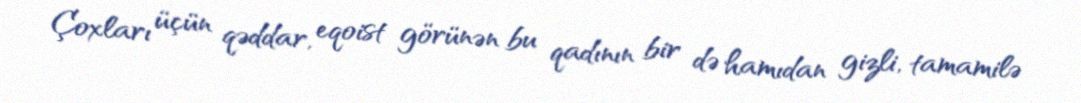
Çoxları üçün qəddar, eqoist görünən bu qadının bir də hamıdan gizli, tamamilə